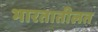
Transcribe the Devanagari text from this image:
भारतातीलत